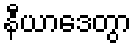
နီယာဒေတွာ